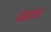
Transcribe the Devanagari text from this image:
चंद्रदत्त